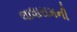
લાધારામની